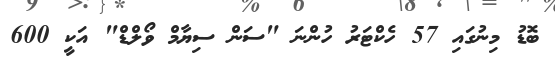
ބޮޑު މިނުގައި 57 ހެކްޓަރު ހުންނަ "ސަން ސިޔާމް ވޯލްޑް" އަކީ 600